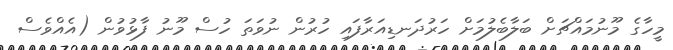
މީހާގެ މޫނުމައްޗަށް ބަލާބެލުމަށް ހަރުދަނޑިއަރާފައި ހުރުން ނުވަތަ ހުސް މޫނު ފާޅުވުން (އެއްވެސް